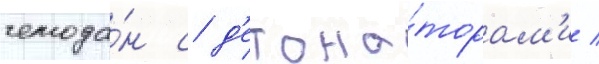
чемода́н с д'етона́торам'и /